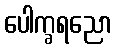
ပေါက္ခရညော